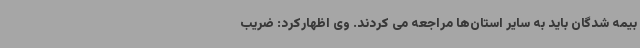
بیمه شدگان باید به سایر استان‌ها مراجعه می کردند. وی اظهارکرد: ضریب